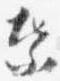
葉